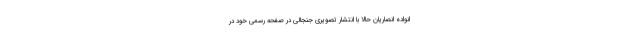
انواده انصاریان حالا با انتشار تصویری جنجالی در صفحه رسمی خود در